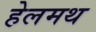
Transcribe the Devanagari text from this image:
हेलमथ